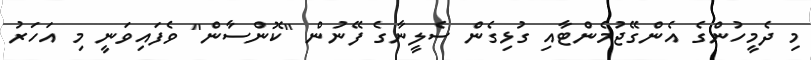
މި ދެމީހުންގެ އެންގޭޖުމެންޓާއި ގުޅިގެން ސެލީނާގެ ފޭނުން "ކޮންސާން" ވެފައިވަނީ މި އަހަރު